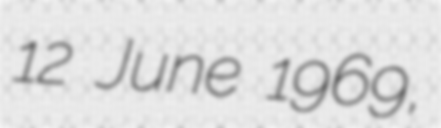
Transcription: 12 June 1969,